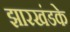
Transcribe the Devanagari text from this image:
झारखंडके